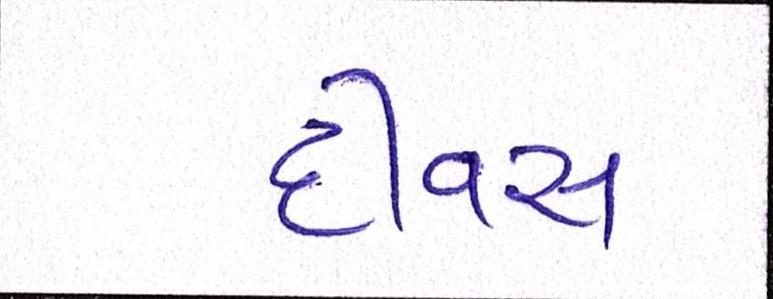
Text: દીવસ